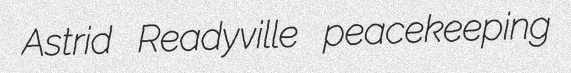
Astrid Readyville peacekeeping